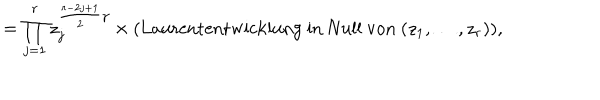
= \prod _ { j = 1 } ^ { r } z _ { j } ^ { \frac { r - 2 j + 1 } { 2 } \gamma } \times \mathrm { ( L a u r e n t e n t w i c k l u n g ~ i n ~ N u l l ~ v o n ~ } ( z _ { 1 } , \ldots , z _ { r } ) ) ,